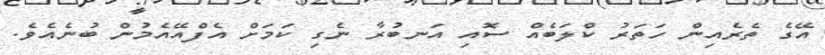
އޭގެ ތެރެއިން ހަތަރު ކްލަބެއް ސޮއި އަނބުރާ ނެގި ކަމަށް އެފްއޭއެމުން ބުނެއެވެ.